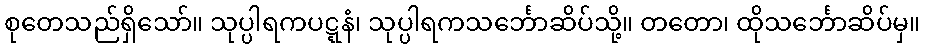
စုတေသည်ရှိသော်။ သုပ္ပါရကပဋ္ဋနံ၊ သုပ္ပါရကသင်္ဘောဆိပ်သို့။ တတော၊ ထိုသင်္ဘောဆိပ်မှ။